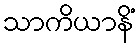
သာကိယာနိံ